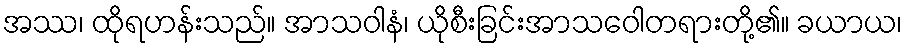
အဿ၊ ထိုရဟန်းသည်။ အာသဝါနံ၊ ယိုစီးခြင်းအာသဝေါတရားတို့၏။ ခယာယ၊